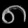
Digit: ၈